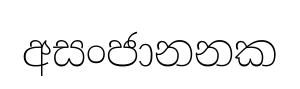
අසංජානනක